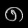
Digit: ၈